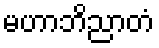
မဟာဘိညာတံ